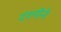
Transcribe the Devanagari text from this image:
दंगलींनी